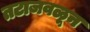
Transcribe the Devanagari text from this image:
तटाजवळून